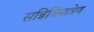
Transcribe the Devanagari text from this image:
सन्निधिमात्रेण